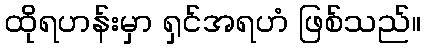
ထိုရဟန်းမှာ ရှင်အရဟံ ဖြစ်သည်။